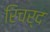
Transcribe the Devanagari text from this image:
रिचर्द